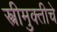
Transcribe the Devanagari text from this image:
स्त्रीमुक्तीचे